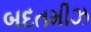
બદતમીઝ